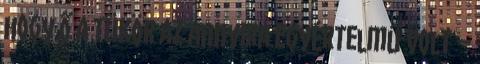
hogy ő a tükör az annyira egyértelmű volt –